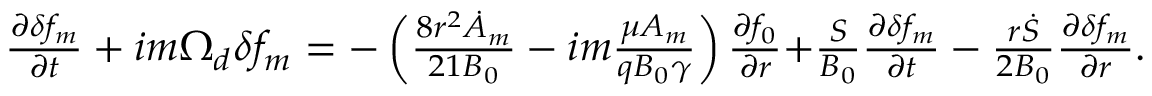
\begin{array} { r } { \frac { \partial \delta f _ { m } } { \partial t } + { i m \Omega _ { d } \delta f _ { m } } = { - \left( \frac { 8 r ^ { 2 } \dot { A } _ { m } } { 2 1 B _ { 0 } } - i m \frac { \mu A _ { m } } { q B _ { 0 } \gamma } \right) \frac { \partial f _ { 0 } } { \partial r } } { + \frac { S } { B _ { 0 } } \frac { \partial \delta f _ { m } } { \partial t } } - \frac { r \dot { S } } { 2 B _ { 0 } } \frac { \partial \delta f _ { m } } { \partial r } . } \end{array}